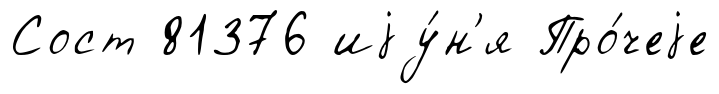
Сост 81376 иjу́н'я Про́чеjе